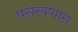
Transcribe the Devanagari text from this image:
पसरवणारा